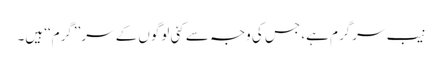
نیب سرگرم ہے، جس کی وجہ سے کئی لوگوں کے سر’’گرم‘‘ ہیں۔